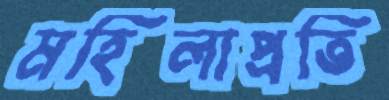
মহিলাপ্রতি